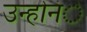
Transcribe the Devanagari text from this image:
उन्होनंे